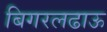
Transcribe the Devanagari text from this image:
बिगरलढाऊ